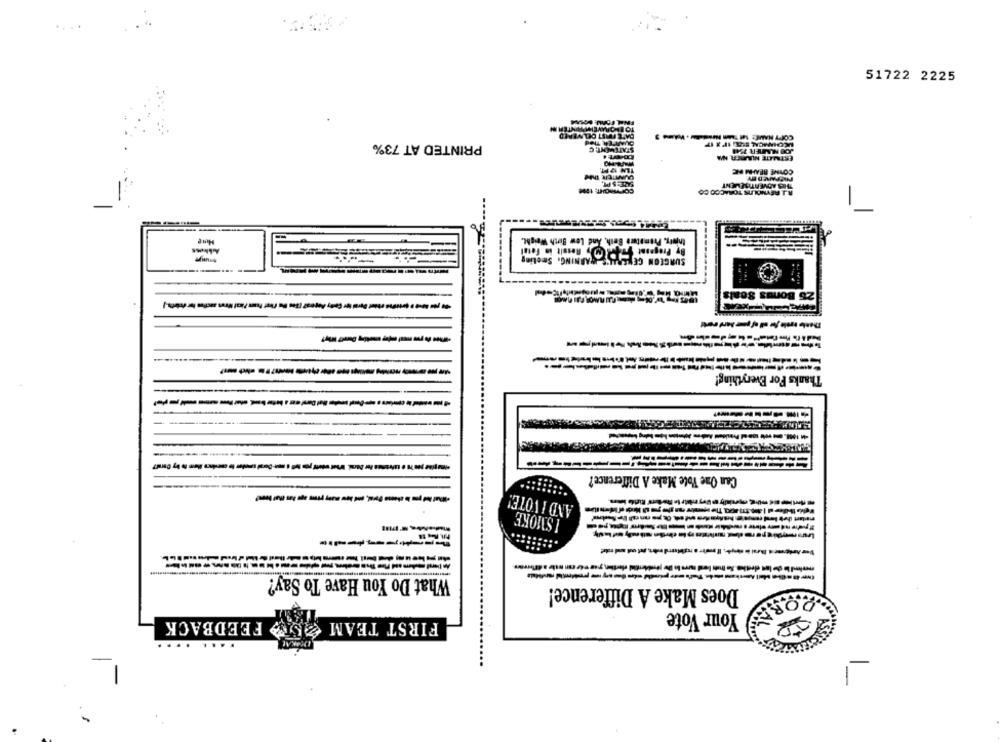
51722 2225
PRINTED AT 73%
ERTMJATE HUURERE HIMA
JOO MMER 1241
CONME BEAHM HE
R.J. REYNOLDS TOBACCO CO
tnists, Premature Both, And Low Birth Weight.
SURGEON GENERAL'S WARNING. Smeeting
--------
Thanks For Everything!
--
Can One Vote Make A Difference?
--------------
AND I VOTE!
I SMOKE
What Do You Have To Say?
Does Make A Difference!
Your Vote
FEEDBACK
FIRST TEAM